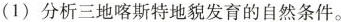
(1)分析三地喀斯特地貌发育的自然条件。